Investigations into the jail dietaries of the United Provinces with some observations on the influence of dietary on the physical development and well-being of the people of the United Provinces - Number 48
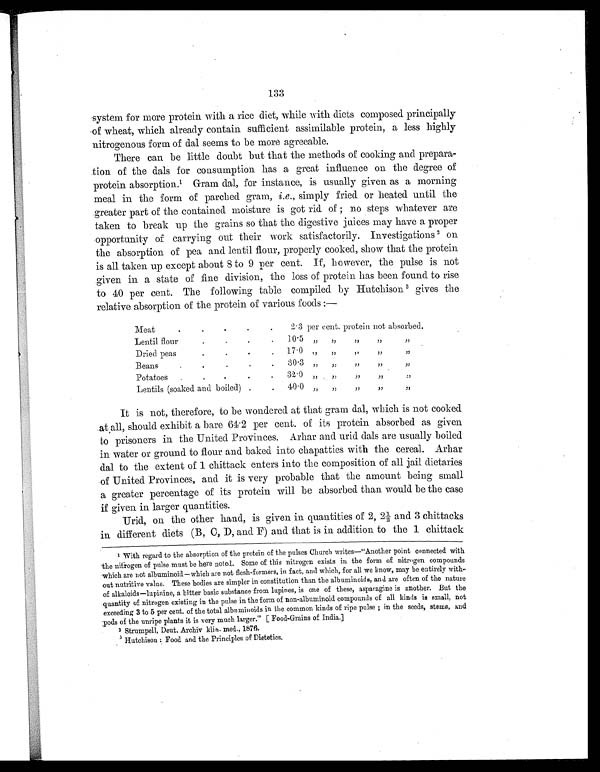
133
system for more protein with a rice diet, while with diets composed principally
of wheat, which already contain sufficient assimilable protein, a less highly
nitrogenous form of dal seems to be more agreeable.
There can be little doubt but that the methods of cooking and prepara-
tion of the dals for consumption has a great influence on the degree of
protein absorption.1 G r a m d a l , f o r i n s t a n c e , i s u s u a l l y g i v e n a s a m o r n i n g
meal in the form of parched gram, i.e., simply fried or heated until the
greater part of the contained moisture is got rid of ; no steps whatever are
taken to break up the grains so that the digestive juices may have a proper
opportunity of carrying out their work satisfactorily. Investigations 2 on
the absorption of pea and lentil flour, properly cooked, show that the protein
is all taken up except about 8 to 9 per cent. If, however, the pulse is not
given in a state of fine division, the loss of protein has been found to rise
to 40 per cent. The following table compiled by Hutchison 3 g i v e s t h e
relative absorption of the protein of various foods :—
Meat
.
.
.
.
.
2.3 per cent. protein not absorbed.
Lentil flour
.
.
.
. 10.5 „
„
„
„
„
Dried peas
.
. .
. 17.0
„
„
„
„
„
Beans
.
.
.
.
.
30.3
„
„
„
„
„
Potatoes .
.
.
.
.
32.0
„
„
„
„
„
Lentils (soaked and boiled) .
.
40.0
„
„
„
„
„
It is not, therefore, to be wondered at that gram dal, which is not cooked
at all, should exhibit a bare 64.2 per cent. of its protein absorbed as given
to prisoners in the United Provinces. Arhar and urid dals are usually boiled
in water or ground to flour and baked into chapatties with the cereal. Arhar
dal to the extent of 1 chittack enters into the composition of all jail dietaries
of United Provinces, and it is very probable that the amount being small
a greater percentage of its protein will be absorbed than would be the case
if given in larger quantities.
Urid, on the other hand, is given in quantities of 2, 2½ and 3 chittacks
in different diets (B, C, D, and F) and that is in addition to the 1 chittack
1
with regard to the absorption of the protein of the pulses Church writes—"Another point connected with
the nitrogen of pulse must be here noted. Some of this nitrogen exists in the form of nitrogen compounds
which are not albuminoids—which are not flesh-formers, in fact, and which, for all we know, may be entirely with
- o u t n u t r i t i v e v a l u e . T h e s e b o d i e s a r e s i m p l e r i n c o n s t i t u t i o n t h a n t h e a l b u m i n o i d s , a n d a r e o f t e n o f t h e n a t u r e
of alkaloids—lupinine, a bitter basic substance from lupines, is one of these, asparagine is another. But the
quantity of nitrogen existing in the pulse in the form of non-albuminoid compounds of all kinds is small, not
exceeding 3 to 5 per cent. of the total albuminoids in the common kinds of ripe pulse ; in the seeds, stems, and
pods of the unripe plants it is very much larger." [Food-Grains of India.]
3 Strumpell, Deut. Archiv klin. med., 1876.
3 Hutchison : Food and the Principles of Dietetics.